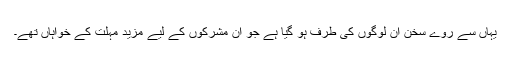
یہاں سے روے سخن اُن لوگوں کی طرف ہو گیا ہے جو اِن مشرکوں کے لیے مزید مہلت کے خواہاں تھے۔